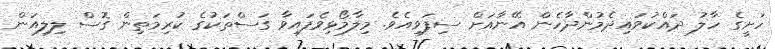
ހަށީގެ ހާލު ދައްކުވައިދެމުންދާހެން އޭނާއަށް ސިފަވިއެވެ. މިލާމޯޅިވެފައިވާ ގަސްތަކުގެ ކުރިމަތިން ގޮސް ލިލިއަން